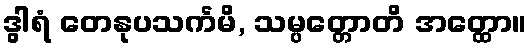
ဒွါရံ တေနုပသင်္ကမိ, သမ္ပတ္တောတိ အတ္ထော။